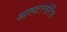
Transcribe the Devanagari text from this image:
आल्टरनेटिंग